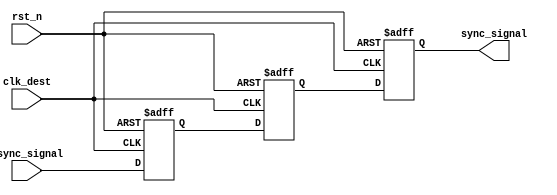
module SignalLevelCrossingSynchronizer (
    input wire async_signal,      // Asynchronous input signal
    input wire clk_dest,          // Clock signal for the destination clock domain
    input wire rst_n,             // Asynchronous active-low reset
    output reg sync_signal         // Synchronized output signal
);

    // Internal signals for the two-stage flip-flops
    reg ff1, ff2;

    // Two-stage flip-flop synchronization process
    always @(posedge clk_dest or negedge rst_n) begin
        if (!rst_n) begin
            ff1 <= 1'b0;           // Reset FF1
            ff2 <= 1'b0;           // Reset FF2
            sync_signal <= 1'b0;   // Reset output
        end else begin
            ff1 <= async_signal;    // Capture async_signal in FF1
            ff2 <= ff1;             // Capture FF1 output in FF2
            sync_signal <= ff2;     // Output the synchronized signal
        end
    end

endmodule